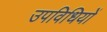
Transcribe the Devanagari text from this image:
उपविधियों